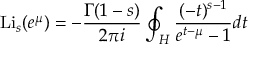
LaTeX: \operatorname { L i } _ { s } ( e ^ { \mu } ) = - { \frac { \Gamma ( 1 - s ) } { 2 \pi i } } \oint _ { H } { \frac { ( - t ) ^ { s - 1 } } { e ^ { t - \mu } - 1 } } d t